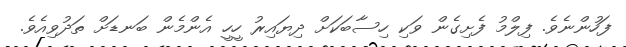
ފަހުންނެވެ. ފިލްމު ފެށިގެން ވަކި ހިސާބަކަށް ދިޔައިރު ހީހީ އެންމެން ބަނޑަށް ތަދުވިއެވެ.